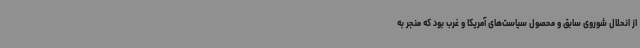
از انحلال شوروی سابق و محصول سیاست‌های آمریکا و غرب بود که منجر به